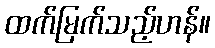
ထက်မြက်သည့်ဟန်။